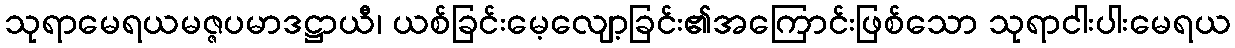
သုရာမေရယမဇ္ဇပမာဒဋ္ဌာယီ၊ ယစ်ခြင်းမေ့လျော့ခြင်း၏အကြောင်းဖြစ်သော သုရာငါးပါးမေရယ